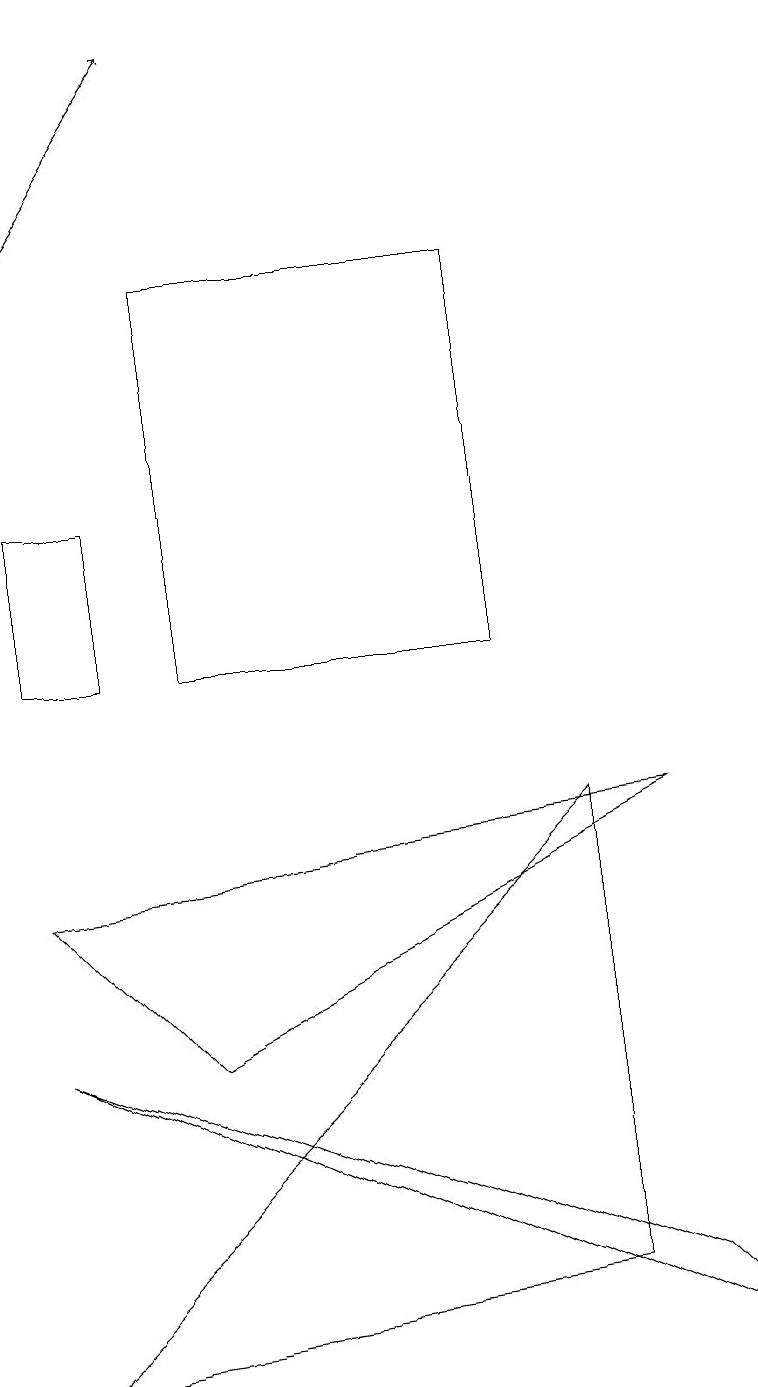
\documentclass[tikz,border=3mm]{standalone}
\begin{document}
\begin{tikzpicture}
\draw (0,1) -- (7,2) -- (7,8) -- cycle;
\draw (6,10) rectangle (2,15);
\draw[->] (0,15) -- (2,18);
\draw (9,1) -- (8,2) -- (0,5) -- cycle;
\draw (0,12) rectangle (1,10);
\draw (0,7) -- (8,8) -- (2,5) -- cycle;
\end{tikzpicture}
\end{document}